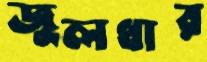
জুলধার